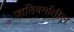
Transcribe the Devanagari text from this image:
जातिवर्गातील